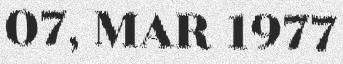
07, MAR 1977